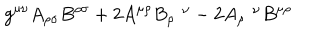
LaTeX: g ^ { \mu \nu } A _ { \rho \sigma } B ^ { \rho \sigma } + 2 A ^ { \mu \rho } B _ { \rho } ^ { \nu } - 2 A _ { \rho } ^ { \nu } B ^ { \mu \rho }